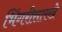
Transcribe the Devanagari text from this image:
भिंगरीसारखे